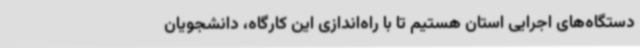
دستگاه‌های اجرایی استان هستیم تا با راه‌اندازی این کارگاه، دانشجویان